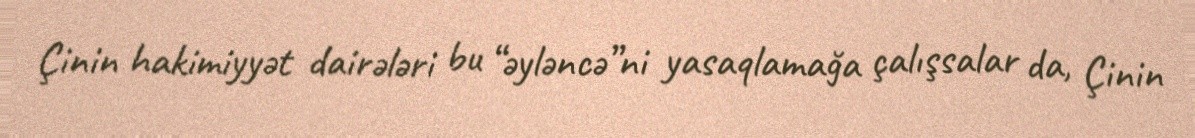
Çinin hakimiyyət dairələri bu “əyləncə”ni yasaqlamağa çalışsalar da, Çinin